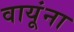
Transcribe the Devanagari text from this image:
वायूंना